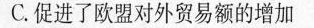
C.促进了欧盟对外贸易额的增加